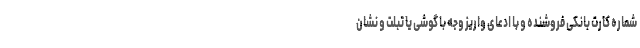
شماره کارت بانکی فروشنده و با ادعای واریز وجه با گوشی یا تبلت و نشان